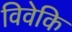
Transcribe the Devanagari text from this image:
विवेकि